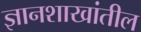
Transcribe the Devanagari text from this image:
ज्ञानशाखांतील